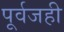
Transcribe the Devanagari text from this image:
पूर्वजही